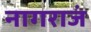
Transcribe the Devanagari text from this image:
नागराजं